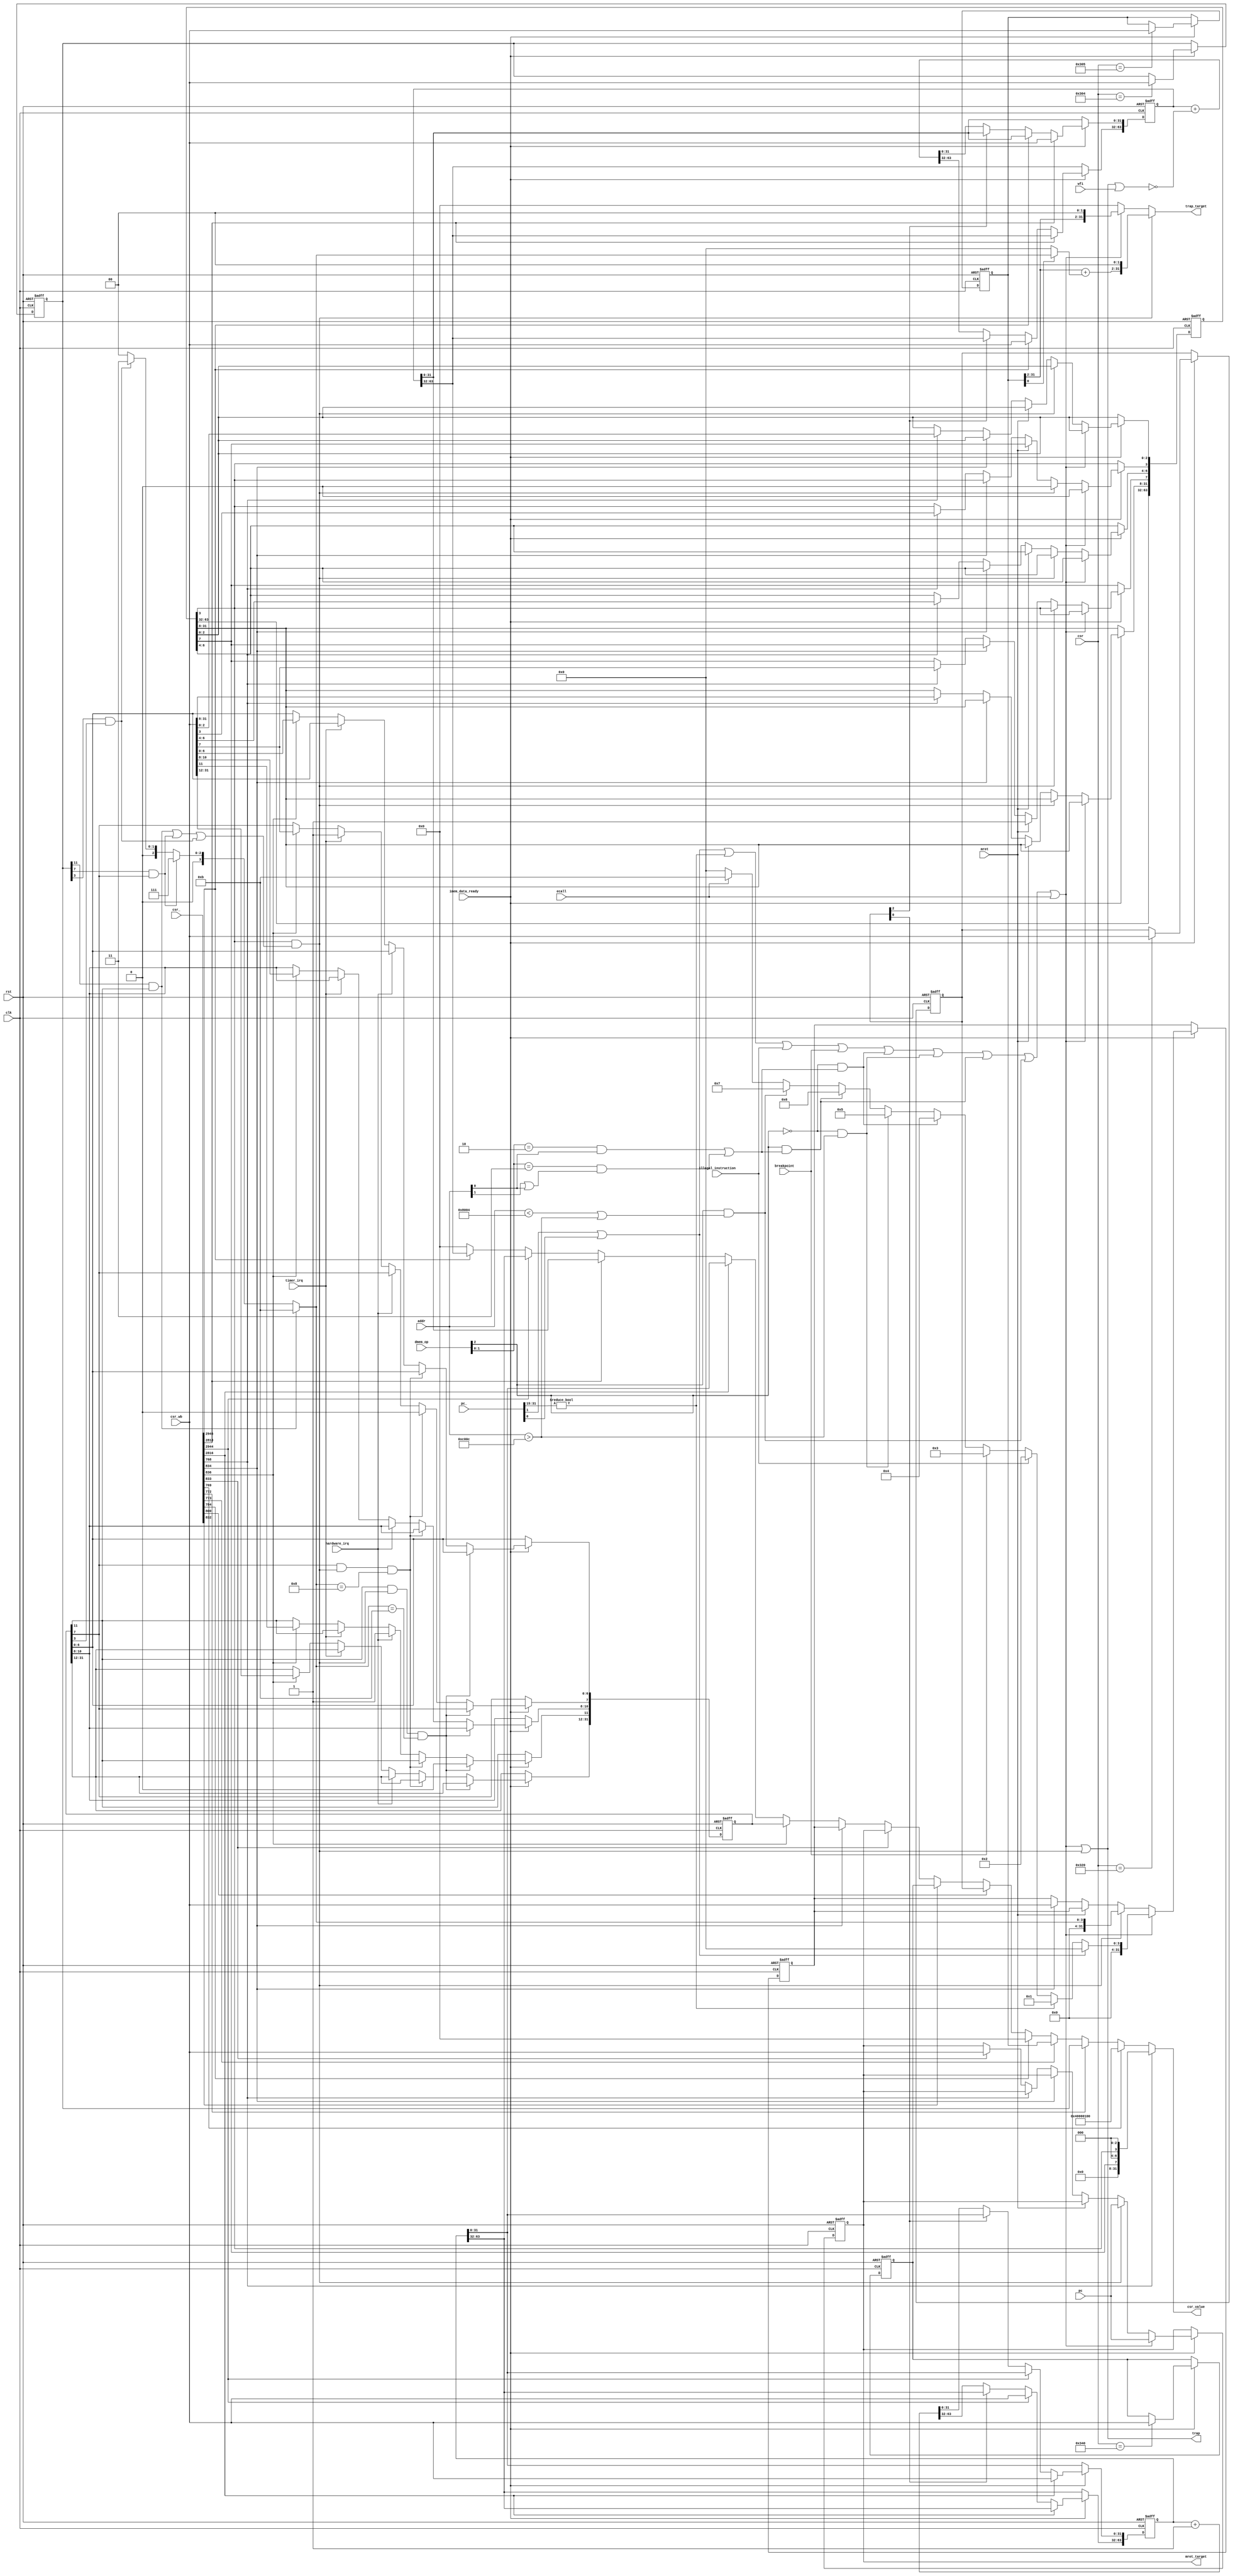
module riscv_control
(
	input	wire		clk,
	input	wire		rst,

	// CSR read/write port
	input	wire	[11:0]	csr,
	input	wire	[4095:0]	csr_,
	output	wire	[31:0]	csr_value,
	input	wire	[31:0]	csr_wb,

	// Memory access port
	input	wire	[31:0]	pc_,
	input	wire	[31:0]	pc,
	input	wire		imem_data_ready,
	input	wire	[2:0]	dmem_op,
	input	wire	[31:0]	addr,

	// Inline event port
	input	wire		illegal_instruction,
	input	wire		breakpoint,
	input	wire		ecall,
	input	wire		mret,
	input	wire		wfi,

	// Interrupt port
	input	wire		hardware_irq,
	input	wire		timer_irq,

	// Trap port
	output	wire		trap,
	output	wire	[31:0]	trap_target,
	output	wire	[31:0]	mret_target
);

integer i;

wire	instr_address_misaligned;
wire	instr_access_fault;
wire	load_address_misaligned;
wire	load_access_fault;
wire	store_address_misaligned;
wire	store_access_fault;
wire	exception_trap;
wire	[3:0]	exception_cause;
wire	interrupt_trap;
wire	[3:0]	interrupt_cause;
wire	[31:0]	interrupt_tvec;
wire	[63:0]	mstatus_;

// Control & Status registers

reg	[63:0]	mstatus;
reg	[31:0]	mtvec;
reg	[31:0]	mip;
reg	[31:0]	mie;
reg	[63:0]	mcycle;
reg	[63:0]	minstret;
reg	[63:0]	mhpmcounter	[3:31];
reg	[31:0]	mhpmevent	[3:31];
reg	[31:0]	mcountinhibit;
reg	[31:0]	mscratch;
reg	[31:0]	mepc;
reg	[31:0]	mcause;

initial
begin
	mstatus = 64'b0;
	mtvec = 32'b0;
	mip = 32'b0;
	mie = 32'b0;
	mcycle = 64'b0;
	minstret = 64'b0;
	mcountinhibit = 32'b0;
	mscratch = 32'b0;
	mepc = 32'b0;
	mcause = 32'b0;

	for (i = 3; i < 32; i++)
	begin
		mhpmcounter[i] = 64'b0;
		mhpmevent[i] = 32'b0;
	end
end

// Memory access exception detection

assign instr_address_misaligned = (pc_[1] | pc_[0]);

assign instr_access_fault = (pc_[31:15] != 0);

assign load_address_misaligned = ~dmem_op[2] & (	((dmem_op[1:0] == 2) & addr[0]) |
							((dmem_op[1:0] == 3) & (addr[1] | addr[0])));

assign load_access_fault = ~dmem_op[2] & (addr > 32'hc00c);

assign store_address_misaligned = dmem_op[2] & (	((dmem_op[1:0] == 2) & addr[0]) |
							((dmem_op[1:0] == 3) & (addr[1] | addr[0])));

assign store_access_fault = dmem_op[2] & ((addr < 32'h8004) | (addr > 32'hc00c));

// Exception trap logic

assign exception_trap =	instr_address_misaligned |
			instr_access_fault |
			illegal_instruction |
			breakpoint |
			load_address_misaligned |
			load_access_fault |
			store_address_misaligned |
			store_access_fault |
			ecall;

assign exception_cause =	instr_address_misaligned ?	4'd0 :
				instr_access_fault ?		4'd1 :
				illegal_instruction ?		4'd2 :
				breakpoint ?			4'd3 :
				load_address_misaligned ?	4'd4 :
				load_access_fault ?		4'd5 :
				store_address_misaligned ?	4'd6 :
				store_access_fault ?		4'd7 :
				ecall ?				4'd11 :
								4'd0;

// Interrupt trap logic

assign interrupt_trap =	mstatus[3] & (	(mie[11] & mip[11]) |
					(mie[7] & mip[7]) |
					(mie[3] & mip[3]));

assign interrupt_cause =	(mie[11] & mip[11]) ?	4'd11 :
				(mie[7] & mip[7]) ?	4'd7 :
				(mie[3] & mip[3]) ?	4'd3 :
							4'd0;

assign interrupt_tvec =	{mtvec[31:2] + (mtvec[0] ? {26'b0, interrupt_cause} : 30'b0), 2'b0};

// Unify exception and interrupt traps

assign trap = exception_trap | interrupt_trap;

assign trap_target =	interrupt_trap ?	interrupt_tvec :
			exception_trap ?	{mtvec[31:2], 2'b0} :
						32'b0;

assign mret_target =	mepc;

// CSR read

assign mstatus_ =	{56'b0, mstatus[7], 3'b0, mstatus[3], 3'b0};

assign csr_value =	csr_[12'h300] ?			mstatus_[31:0] :
			csr_[12'h301] ?			32'h40000100 :
			csr_[12'h304] ?			mie :
			csr_[12'h305] ?			mtvec :
			csr_[12'h310] ?			mstatus_[63:32] :
			csr_[12'h320] ?			mcountinhibit :
			csr_[12'h340] ?			mscratch :
			csr_[12'h341] ?			mepc :
			csr_[12'h342] ?			mcause :
			csr_[12'h344] ?			mip :
			csr_[12'hb00] ?			mcycle[31:0] :
			csr_[12'hb02] ?			minstret[31:0] :
			csr_[12'hb80] ?			mcycle[63:32] :
			csr_[12'hb82] ?			minstret[63:32] :
			32'h0;

always @(posedge clk, posedge rst)
begin
	if (rst)
	begin
		for (i = 3; i < 32; i++)
		begin
			mhpmcounter[i] <= 64'b0;
			mhpmevent[i] <= 32'b0;
		end

		mstatus <= 0;
		mtvec <= 0;
		mip <= 0;
		mie <= 0;
		mcycle <= 0;
		minstret <= 0;
		mcountinhibit <= 0;
		mscratch <= 0;
		mepc <= 0;
		mcause <= 0;
	end else if (imem_data_ready)
	begin
		// Interrupt queue handling

		if (mip[11] & interrupt_trap & (interrupt_cause == 11))
		begin
			mip[11] <= 0;
		end
		else if (mip[7] & interrupt_trap & (interrupt_cause == 8))
		begin
			mip[7] <= 0;
		end
		else if (hardware_irq)
		begin
			mip[11] <= 1;
		end
		else if (timer_irq)
		begin
			mip[7] <= 1;
		end
		else if (csr_[12'h344])
		begin
			mip <= csr_wb;
		end


		// Trap Handling

		if (exception_trap)
		begin
			mcause <= {28'b0, exception_cause};		// Forward exception type to mcause
			mepc <= pc;					// Save exception PC
			mstatus[7] <= mstatus[3];			// Update mpie from mie
			mstatus[3] <= 0;				// Disable interrupts
		end
		else if (interrupt_trap)
		begin
			mcause <= {1'b0, 27'b0, interrupt_cause};	
			mepc <= pc;
			mstatus[7] <= mstatus[3];
			mstatus[3] <= 0;
		end
		else if (mret)
		begin
			mstatus[3] <= mstatus[7];			// Update mie from mpie
			mstatus[7] <= 1;				// set mpie
		end
		else if (csr_[12'h342])
		begin
			mcause <= csr_wb;
		end
		else if (csr_[12'h300])
		begin
			mstatus[31:0] <= csr_wb;
		end
		else if (csr_[12'h341])
		begin
			mepc <= csr_wb;
		end


		// Cycle counter

		if (csr_[12'hb00])
		begin
			mcycle[31:0] <= csr_wb;
		end
		else if (csr_[12'hb80])
		begin
			mcycle[63:32] <= csr_wb;
		end
		else if (~mcountinhibit[0])
		begin
			mcycle <= mcycle + 64'b1;
		end


		// Instruction retire counter

		if (csr_[12'hb02])
		begin
			minstret[31:0] <= csr_wb;
		end
		else if (csr_[12'hb82])
		begin
			minstret[63:32] <= csr_wb;
		end
		else if (~mcountinhibit[2])
		begin
			minstret <= minstret + {63'b0, ~(exception_trap | interrupt_trap | wfi)};
		end


		// Configurable performance counters
		
		for (i = 3; i < 32; i++)
		begin
			if (csr_[{7'hb0, i[4:0]}])
			begin
				mhpmcounter[i][31:0] <= csr_wb;
			end
			else if (csr_[{7'hb8, i[4:0]}])
			begin
				mhpmcounter[i][63:32] <= csr_wb;
			end
			else if (~mcountinhibit[i])
			begin
				case (mhpmevent[i])
					1: mhpmcounter[i] <= mhpmcounter[i] + {63'b0, exception_trap};
					2: mhpmcounter[i] <= mhpmcounter[i] + {63'b0, interrupt_trap};
					3: mhpmcounter[i] <= mhpmcounter[i] + {63'b0, breakpoint};
					4: mhpmcounter[i] <= mhpmcounter[i] + {63'b0, ecall};
					default:;
				endcase
			end
		end


		// Misc. CSR writeback

		case (csr)
			12'h304:	mie <= csr_wb;
			12'h305:	mtvec <= csr_wb;
			12'h320:	mcountinhibit <= csr_wb;
			12'h340:	mscratch <= csr_wb;
			default:;
		endcase

		case (csr[11:5])
			7'h19:	mhpmevent[csr[4:0]] <= csr_wb;
			7'h58:	mhpmcounter[csr[4:0]][31:0] <= csr_wb;
			7'h5c:	mhpmcounter[csr[4:0]][63:32] <= csr_wb;
			default:;
		endcase
	end
end
endmodule